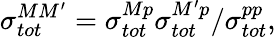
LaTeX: \sigma_{tot}^{MM^{\prime}}=\sigma_{tot}^{Mp}\sigma_{tot}^{M^{\prime}p}/\sigma_{tot}^{pp},